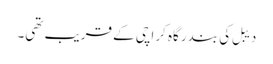
دیبل کی بندر گاہ کراچی کے قریب تھی۔